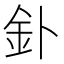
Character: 釙